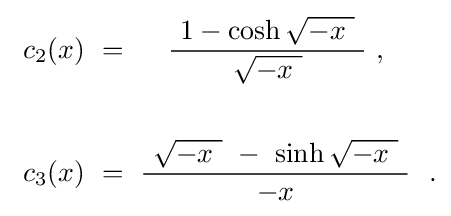
{\begin{aligned}\ c_{2}(x)~&=~\quad {\frac {\ 1-\cosh {\sqrt {-x\ }}\ }{\sqrt {-x\ }}}\ ,\\\\\ c_{3}(x)~&=~{\frac {\ {\sqrt {-x\ }}\ -\ \sinh {\sqrt {-x\ }}\ }{-x}}~~.\end{aligned}}